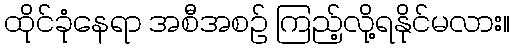
ထိုင်ခုံနေရာ အစီအစဉ် ကြည့်လို့ရနိုင်မလား။